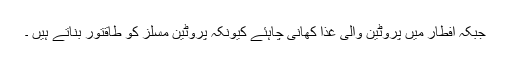
جبکہ افطار میں پروٹین والی غذا کھانی چاہئے کیونکہ پروٹین مسلز کو طاقتور بناتے ہیں ۔